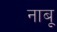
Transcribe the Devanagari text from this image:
नाबू